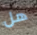
هل